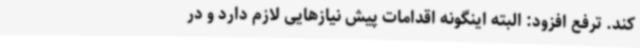
کند. ترفع افزود: البته اینگونه اقدامات پیش نیازهایی لازم دارد و در